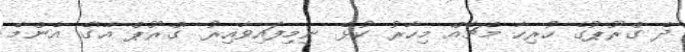
ދެ ގްރޫޕުގެ ހުރިހާ މެޗެއް މިހާރު ކުޅެ ނިމިފައިވާއިރު 'ގްރޫޕް އޭ'ގެ އެންމެ